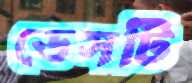
ডেসটি